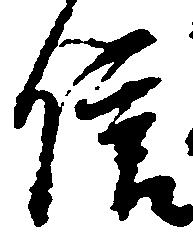
信